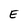
Character: E